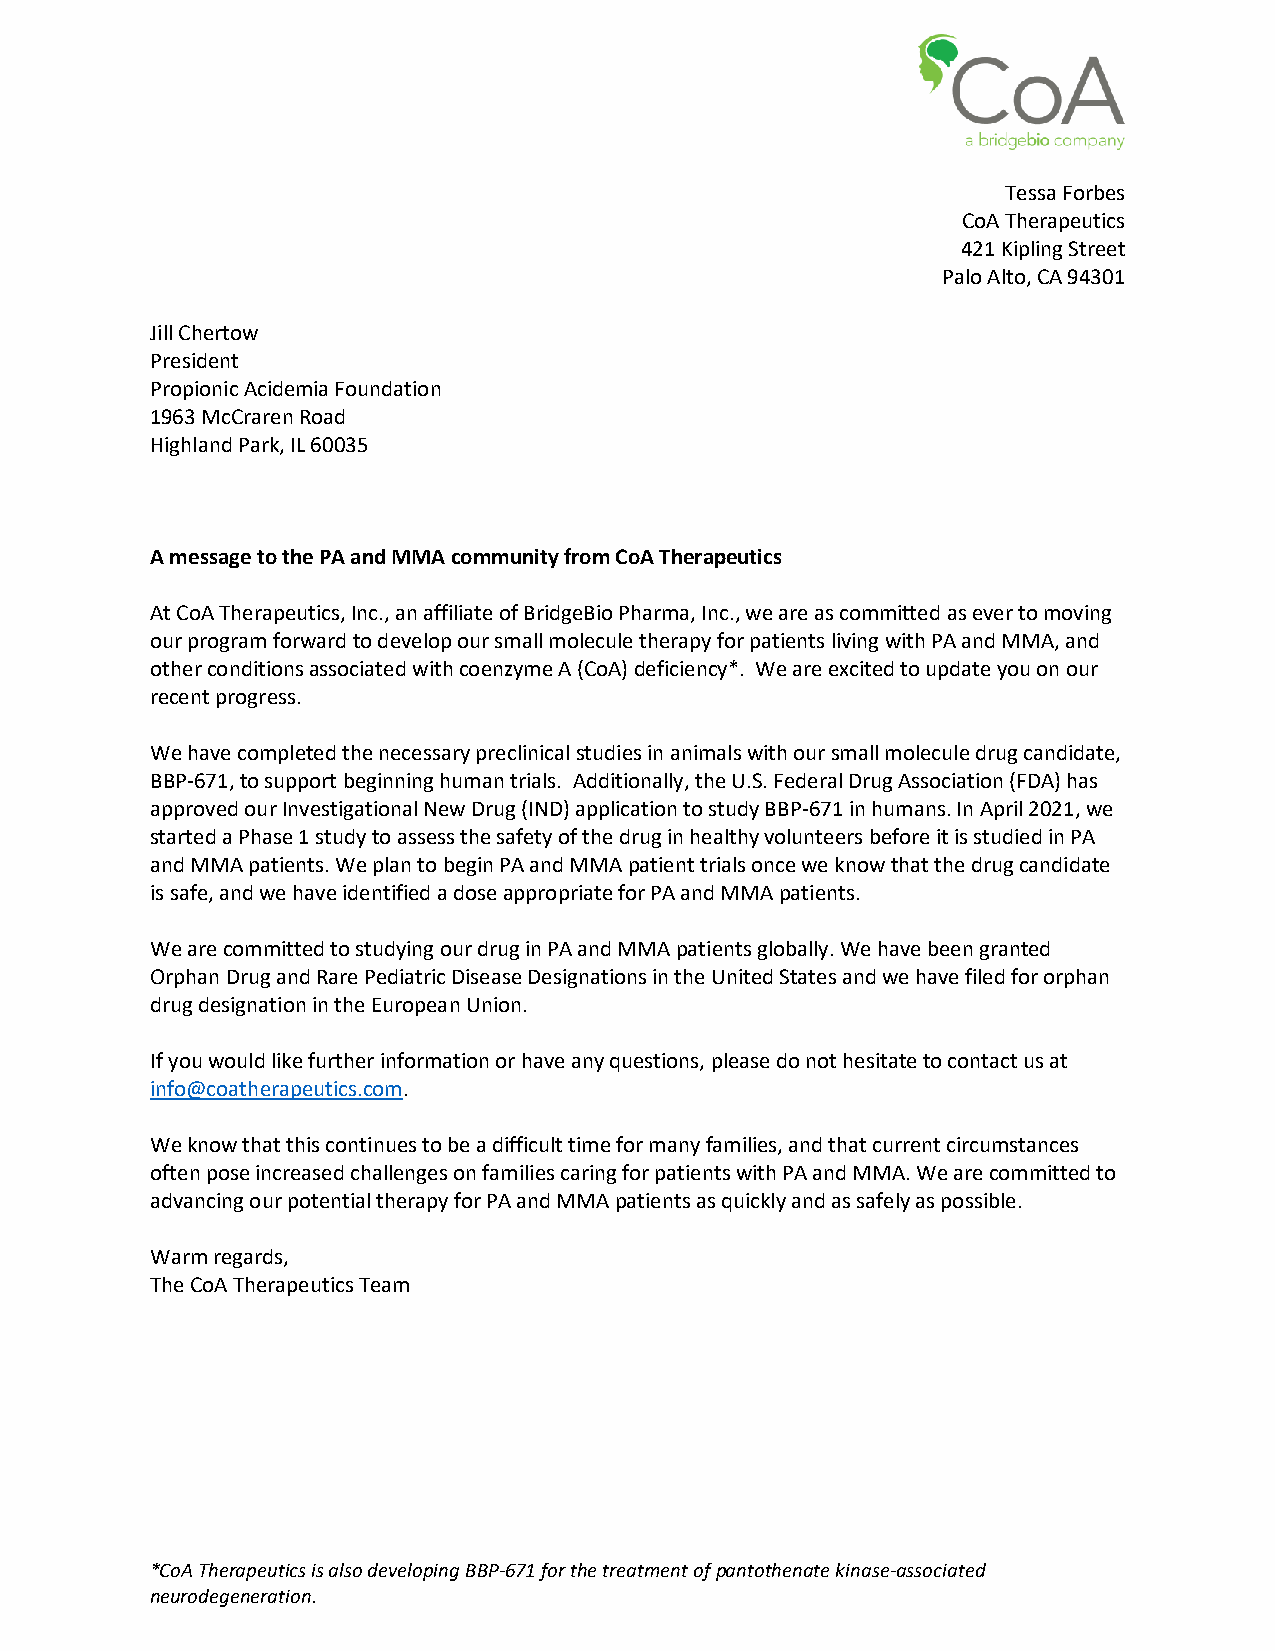
Tessa Forbes
 CoA Therapeutics
 421 Kipling Street
 Palo Alto, CA 94301
 Jill Chertow
 President
 Propionic Acidemia Foundation
 1963 McCraren Road
 Highland Park, IL 60035
 A message to the PA and MMA community from CoA Therapeutics
 At CoA Therapeutics, Inc., an affiliate of BridgeBio Pharma, Inc., we are as committed as ever to moving
 our program forward to develop our small molecule therapy for patients living with PA and MMA, and
 other conditions associated with coenzyme A (CoA) deficiency*. We are excited to update you on our
 recent progress.
 We have completed the necessary preclinical studies in animals with our small molecule drug candidate,
 BBP-671, to support beginning human trials. Additionally, the U.S. Federal Drug Association (FDA) has
 approved our Investigational New Drug (IND) application to study BBP-671 in humans. In April 2021, we
 started a Phase 1 study to assess the safety of the drug in healthy volunteers before it is studied in PA
 and MMA patients. We plan to begin PA and MMA patient trials once we know that the drug candidate
 is safe, and we have identified a dose appropriate for PA and MMA patients.
 We are committed to studying our drug in PA and MMA patients globally. We have been granted
 Orphan Drug and Rare Pediatric Disease Designations in the United States and we have filed for orphan
 drug designation in the European Union.
 If you would like further information or have any questions, please do not hesitate to contact us at
 info@coatherapeutics.com.
 We know that this continues to be a difficult time for many families, and that current circumstances
 often pose increased challenges on families caring for patients with PA and MMA. We are committed to
 advancing our potential therapy for PA and MMA patients as quickly and as safely as possible.
 Warm regards,
 The CoA Therapeutics Team
 *CoA Therapeutics is also developing BBP-671 for the treatment of pantothenate kinase-associated
 neurodegeneration.